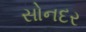
સોનદર